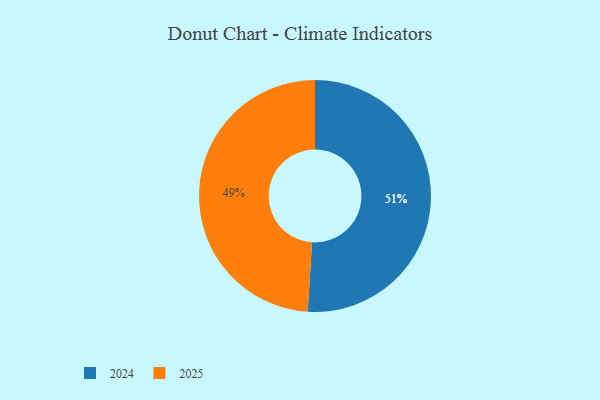
{"axis": {"x": "Category", "y": "Percentage"}, "legend": ["2024", "2025"], "data": [{"x": "2024", "y": 51, "type": "2024"}, {"x": "2025", "y": 49, "type": "2025"}]}